Report of the Municipal Commissioner on the plague in Bombay for the year ending 31st May... - Volume 3
Disease focus: Plague
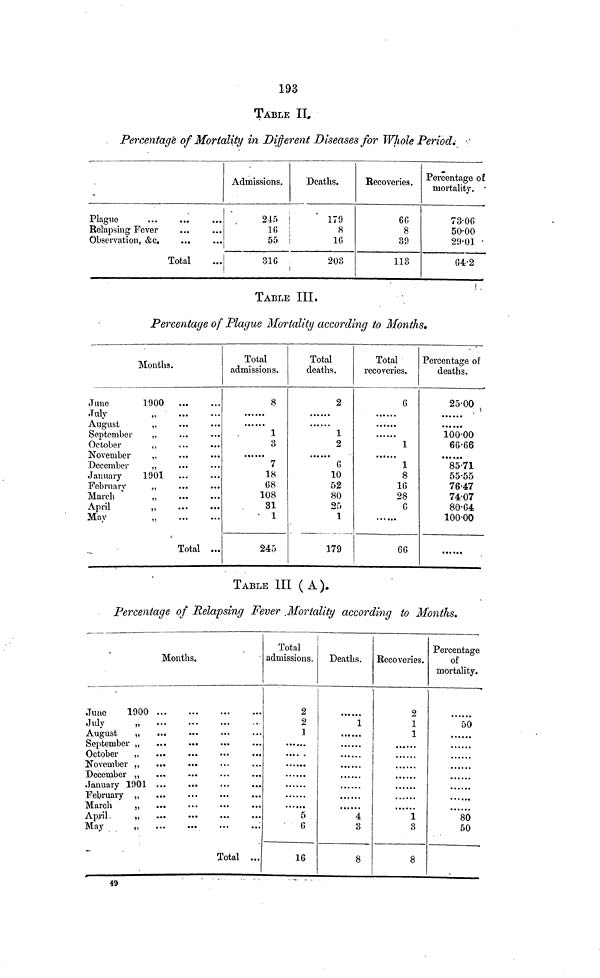
193
TABLE II,
Percentagé of Mortality in Different Diseases for Whole
Period.
Plague
...
...
Relapsing Fever
Observation, &c.
...
Total
Admissions.
245
16
55
316
Deaths.
179
8
10
203
Recoveries.
66
8
39
113
Percentage of
mortality. •
73·06
50·00
29·01
64·2
TABLE III.
Percentage of Plague Mortality according to Months.
Months.
June
July
August
September
October
November
December
January
February
March
April
May
1900
,,
...
...
1901
...
...
..
...
...
...
...
Total ...
Total
admissions.
8
1
3
7
18
68
108
31
1
245
Total
deaths.
2
1
2
6
10
52
80
25
1
179
Total
recoveries.
6
1
\
8
16
28
6
66
Percentage of
deaths.
25·00
100·00
66·66
85·71
55·55
76·47
74·07
80·64
100·00
TABLE III ( A ).
Percentage of Relapsing Fever Mortality according to Months.
Months.
June
1900
July
„
August
„
September „
October
„
November ,,
December ,,
January 1901
February „
March
„
April,
„
May
„
Total ...
i
Total
admissions.
2
2
1
0
6
16
Deaths.
1
4
3
8
Recoveries.
2
1
1
3
8
Percentage
of
mortality.
50
80
50
49